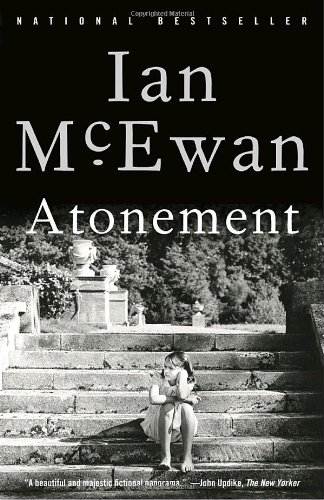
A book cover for Atonement: A Novel; Ian McEwan; Mystery, Thriller & Suspense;